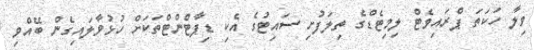
ވިލާ ހަކަތަ ޕްރައިވެޓް ލިމިޓެޑްގެ ތިލަފުށި ސައިޓުގެ އެކި ޑިޕާޓްެންޓްތަކަށް ހުޅުވާލައިގެން ބޭއްވި